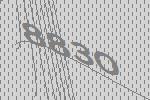
8830